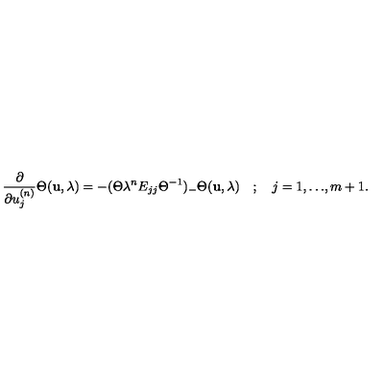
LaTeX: \frac { \partial } { \partial u _ { j } ^ { ( n ) } } \Theta ( { \bf u } , \lambda ) = - ( \Theta \lambda ^ { n } E _ { j j } { \Theta } ^ { - 1 } ) _ { - } \Theta ( { \bf u } , \lambda ) \quad ; \quad j = 1 , { \ldots } , m + 1 .